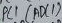
Text: ADC1